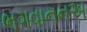
ભગવાનનઅ